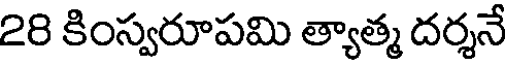
28 కింస్వరూపమి త్యాత్మ దర్శనే